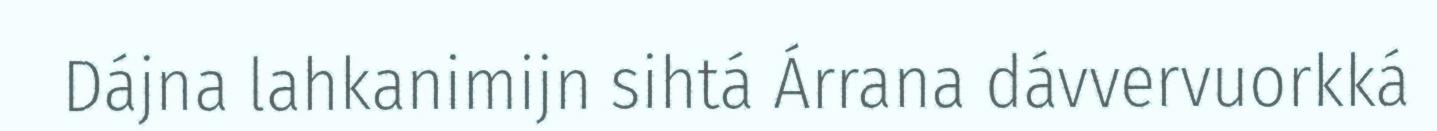
Dájna lahkanimijn sihtá Árrana dávvervuorkká